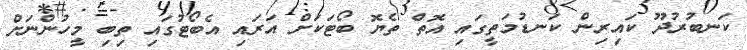
ކަނބުރުދޫ ކައިރިން ކަނޑުމަތީގައި އޮތް ތެޔޮ ބޯޓަކަށް އަރައި އެބޯޓުގައި ތިބި މީހުންނަށް